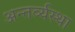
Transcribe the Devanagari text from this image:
अन्तर्व्यस्था